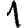
Digit: 1